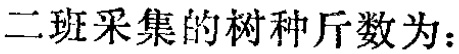
二班采集的树种斤数为：